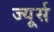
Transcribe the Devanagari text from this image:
ज्यूर्स